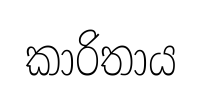
කාරිතාය